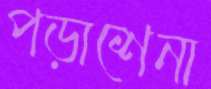
পড়াশেনা